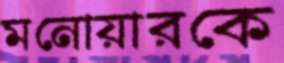
মনোয়ারকে